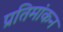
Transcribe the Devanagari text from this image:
प्रतिमांकन